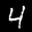
Label: 4